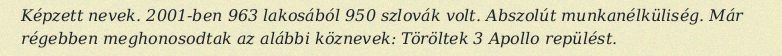
Képzett nevek. 2001-ben 963 lakosából 950 szlovák volt. Abszolút munkanélküliség. Már régebben meghonosodtak az alábbi köznevek: Töröltek 3 Apollo repülést.